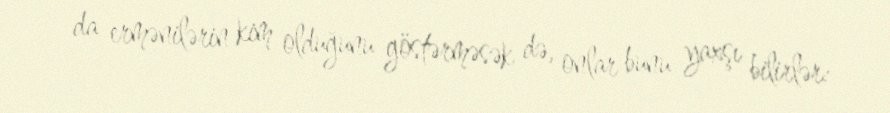
da ermənilərin kim olduğunu göstərməsək də, onlar bunu yaxşı bilirlər: